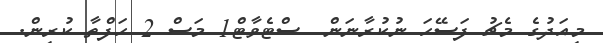
މިއަދުގެ މެޗު ފަސޭހަ ނުކުރާނަން  ސްޓެވާޓް1 މަސް 2 ހަފްތާ ކުރިން.